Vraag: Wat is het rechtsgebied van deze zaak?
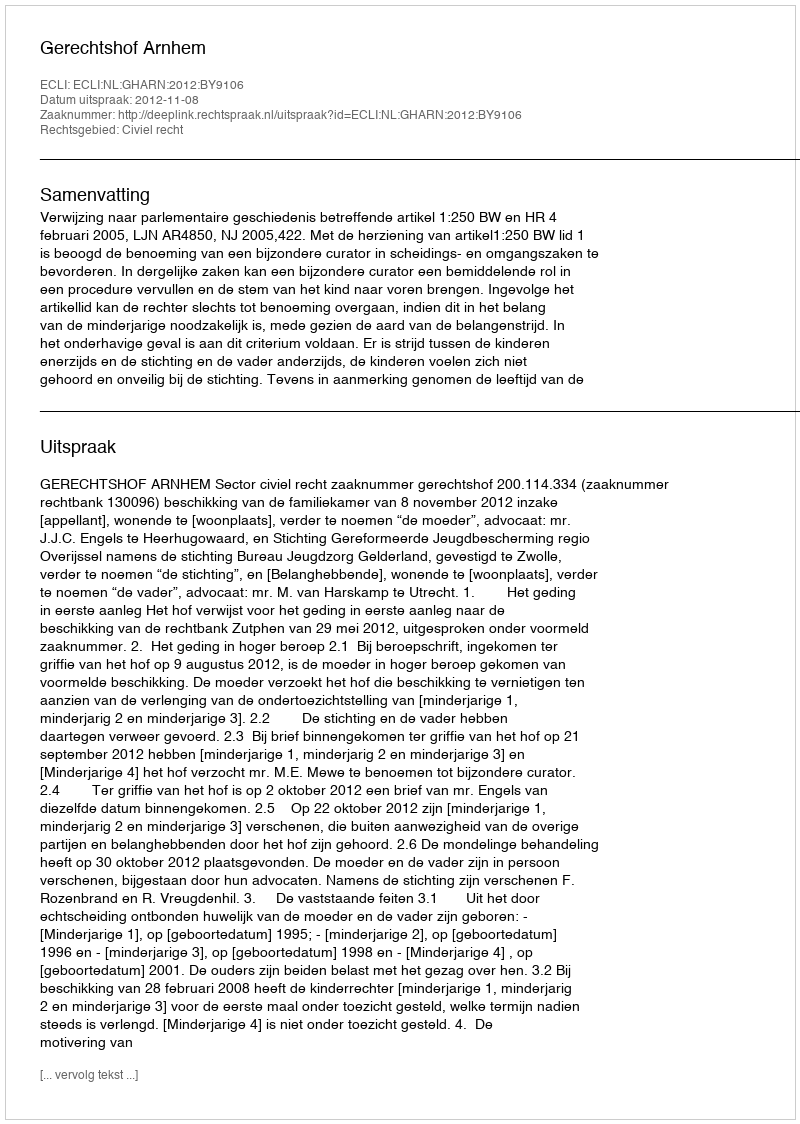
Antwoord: Civiel recht